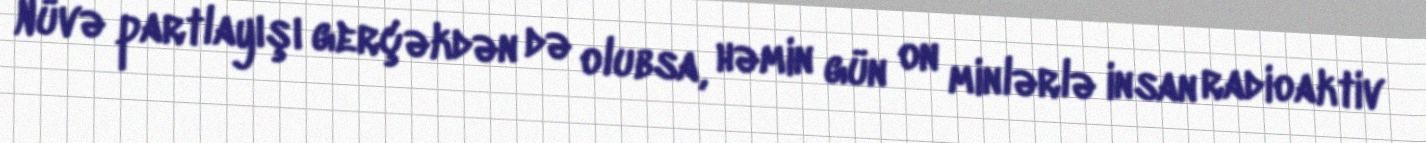
Nüvə partlayışı gerçəkdən də olubsa, həmin gün on minlərlə insan radioaktiv